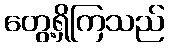
တွေ့ရှိကြသည်